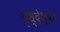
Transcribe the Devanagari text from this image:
वृध्देश्वर